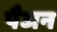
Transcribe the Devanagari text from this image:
पैजन